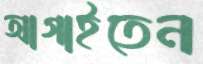
আগাইতেন